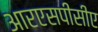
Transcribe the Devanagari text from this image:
आरएसपीसीए